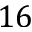
1 6